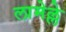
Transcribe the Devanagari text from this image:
लामेल्ले